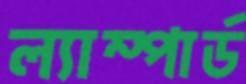
ল্যাম্পার্ড